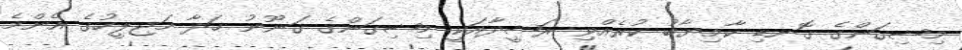
މިޝިގަންގެ ގޮނޑި ކާމިޔާބު ކުރެއްވި ރަޝީދާއަކީ މިޝިގަންގެ ޤަނޫނު ހަދާ މަޖިލީހުގެ އެންމެ